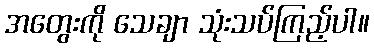
အတွေးကို သေချာ သုံးသပ်ကြည့်ပါ။